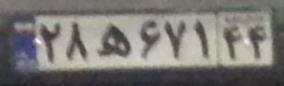
۲۸ه۶۷۱۴۴